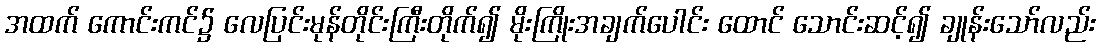
အထက် ကောင်းကင်၌ လေပြင်းမုန်တိုင်းကြီးတိုက်၍ မိုးကြိုးအချက်ပေါင်း ထောင် သောင်းဆင့်၍ ချုန်းသော်လည်း